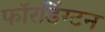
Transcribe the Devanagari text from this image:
फॉरडिंग्टन